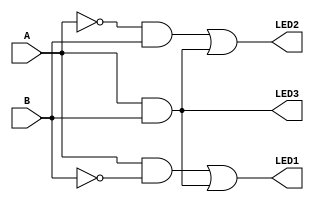
`timescale 1ns / 1ps
//////////////////////////////////////////////////////////////////////////////////
// Company: 
// Engineer: 
// 
// Design Name: 
// Module Name: my_control_module
// Project Name: 
// Target Devices: 
// Tool Versions: 
// Description: 
// 
// Dependencies: 
// 
// Revision:
// Revision 0.01 - File Created
// Additional Comments:
// 
//////////////////////////////////////////////////////////////////////////////////


module my_control_module(input A, B,output LED1, LED2, LED3);

    assign LED1 = (A & ~B) | (A & B);
    assign LED2 = (~A & B) | (A & B);
    assign LED3 = (A & B);
    
endmodule